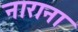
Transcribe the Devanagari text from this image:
नाराना